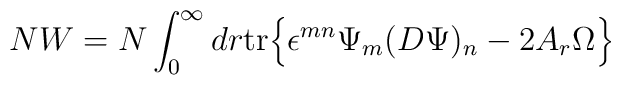
NW = N \int^\infty_0 dr {\rm tr} \Bigr\{ \epsilon^{mn} \Psi_m(D\Psi)_n - 2A_r \Omega \Bigl\}